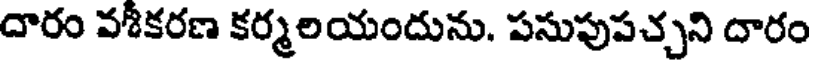
దారం వశీకరణ కర్మలయందును. పసుపుపచ్చని దారం